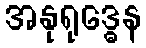
အနုရုဒ္ဓေန